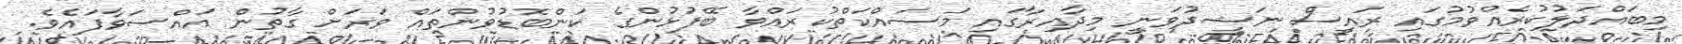
މިބައްދަލުކުރެއްވުމުގައި ރައީސް ނަޝީދުވަނީ މިދާއިރާގައި މަސައްކަތްކުރައްވާ ބޭފުޅުންގެ ކަންބޮޑުވުންތައް ވަރަށް ގާތުން އައްސަވާފައެވެ.